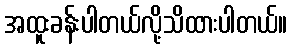
အထူးခန်းပါတယ်လို့သိထားပါတယ်။